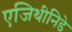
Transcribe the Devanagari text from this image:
एजिथीनिडे